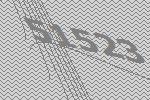
51523